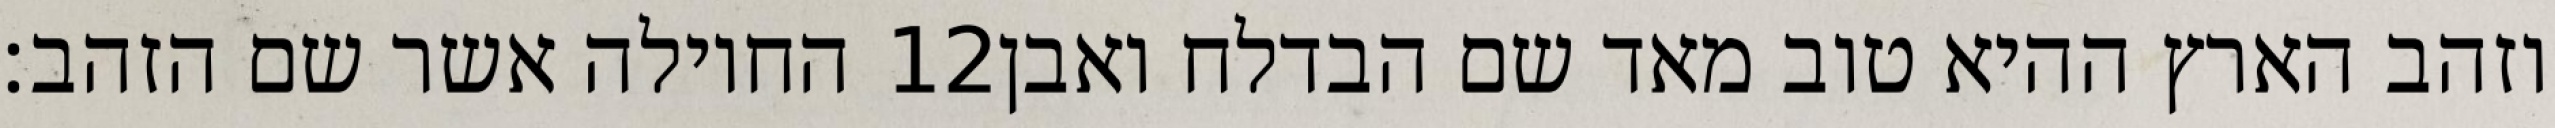
החוילה אשר שם הזהב׃ ‎12‏ וזהב הארץ ההיא טוב מאד שם הבדלח ואבן